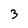
Character: 3